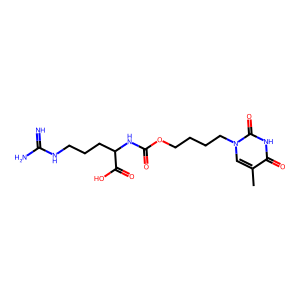
SMILES: Cc1cn(CCCCOC(=O)NC(CCCNC(=N)N)C(=O)O)c(=O)[nH]c1=O
Inhibits HIV replication: No